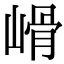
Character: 𡻋